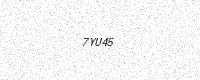
Text: 7YU45